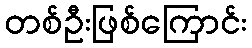
တစ်ဦးဖြစ်ကြောင်း